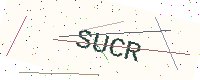
Text: SUCR